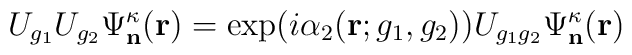
U_{g_1}U_{g_2}\Psi^{\kappa}_{\mathbf n}(\mathbf r) =\exp(i\alpha_2(\mathbf r ;g_1, g_2))U_{g_1g_2}\Psi^{\kappa}_{\mathbf n}(\mathbf r)